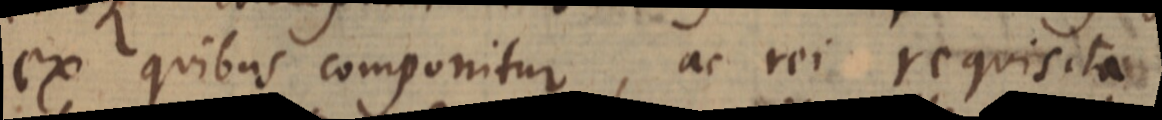
ex quibus componitur, ac rei requisita